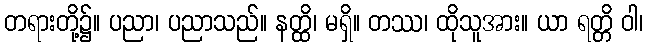
တရားတို့၌။ ပညာ၊ ပညာသည်။ နတ္ထိ၊ မရှိ။ တဿ၊ ထိုသူအား။ ယာ ရတ္တိ ဝါ၊